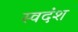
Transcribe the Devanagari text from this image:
स्वदंश